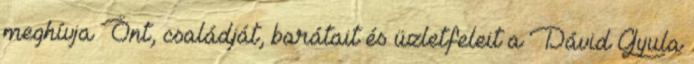
meghívja Önt, családját, barátait és üzletfeleit a Dávid Gyula